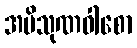
အပိသုဏဝါစော